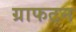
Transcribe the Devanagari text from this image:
ग्राफटन